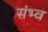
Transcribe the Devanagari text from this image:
संभ्व